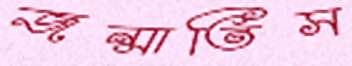
জন্মাতিস